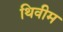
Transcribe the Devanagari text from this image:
थिवीम